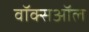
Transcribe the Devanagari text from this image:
वॉक्सऑल